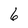
Character: 6